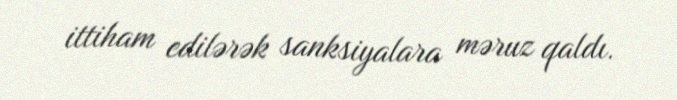
ittiham edilərək sanksiyalara məruz qaldı.